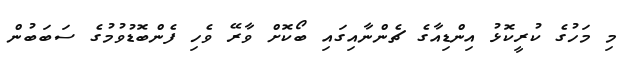
މި މަހުގެ ކުރީކޮޅު އިންޑިއާގެ ޗެންނާއިގައި ބޯކޮށް ވާރޭ ވެހި ފެންބޮޑުވުމުގެ ސަބަބުން